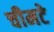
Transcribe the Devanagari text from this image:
चीमटे